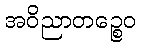
အဝိညာတဉ္စေဝ